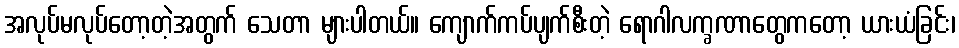
အလုပ်မလုပ်တော့တဲ့အတွက် သေတာ များပါတယ်။ ကျောက်ကပ်ပျက်စီးတဲ့ ရောဂါလက္ခဏာတွေကတော့ ယားယံခြင်း၊